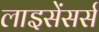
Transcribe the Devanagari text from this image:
लाइसेंसर्स